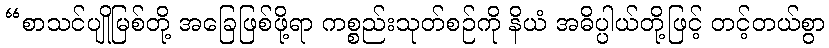
“စာသင်ပျိုမြစ်တို့ အခြေဖြစ်ဖို့ရာ ကစ္စည်းသုတ်စဉ်ကို နိယံ အဓိပ္ပါယ်တို့ဖြင့် တင့်တယ်စွာ